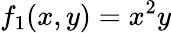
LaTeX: f_{1}(x,y)=x^{2}y